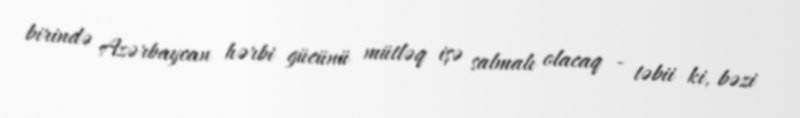
birində Azərbaycan hərbi gücünü mütləq işə salmalı olacaq - təbii ki, bəzi